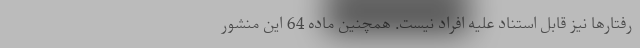
رفتارها نیز قابل استناد علیه افراد نیست. همچنین ماده 64 این منشور